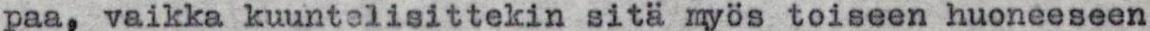
paa, vaikka kuuntelisittekin sitä myös toiseen huoneeseen